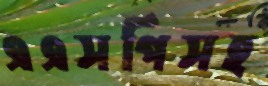
এএসপিসহ